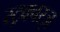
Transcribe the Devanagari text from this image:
स्ट्रक्चरज़